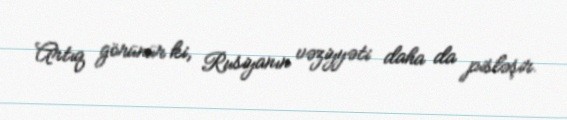
Artıq görünür ki, Rusiyanın vəziyyəti daha da pisləşir.